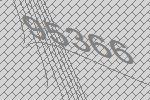
95366